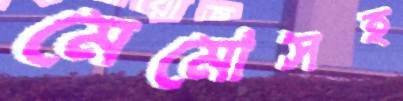
মেমোসহ